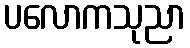
ပလောကသုညာ